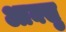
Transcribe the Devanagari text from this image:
आक्सु